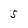
Character: 5